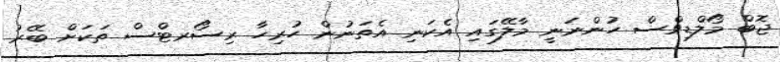
ޖޮބް މޯލްޑިވްސް ހުންނަނީ މާލޭގައި އެކަނި އެތަނުން ހުރިހާ ރިސޯރޓްސް ތަކަށް ބޭރު